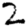
Digit: 2